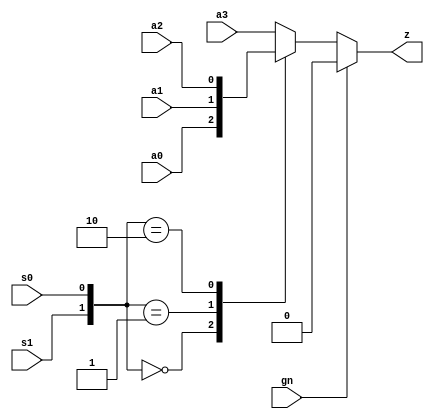
module mx4g
(
	output	z,
	input		a0,
	input		a1,
	input		a2,
	input		a3,
	input		s0,
	input		s1,
	input		gn
);

reg z_obuf;

assign z = (gn) ? 1'b0 : z_obuf;

always @(*)
begin
	case({s1, s0}) // ???
		2'b00		: z_obuf = a0;
		2'b01		: z_obuf = a1;
		2'b10		: z_obuf = a2;
		default	: z_obuf = a3;
	endcase
end

endmodule